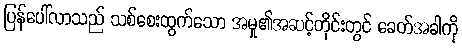
ပြန်ပေါ်လာသည် သစ်စေးထွက်သော အမှု၏အဆင့်တိုင်းတွင် ခေတ်အခါကို